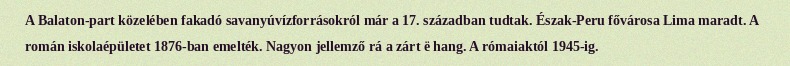
A Balaton-part közelében fakadó savanyúvízforrásokról már a 17. században tudtak. Észak-Peru fővárosa Lima maradt. A román iskolaépületet 1876-ban emelték. Nagyon jellemző rá a zárt ë hang. A rómaiaktól 1945-ig.